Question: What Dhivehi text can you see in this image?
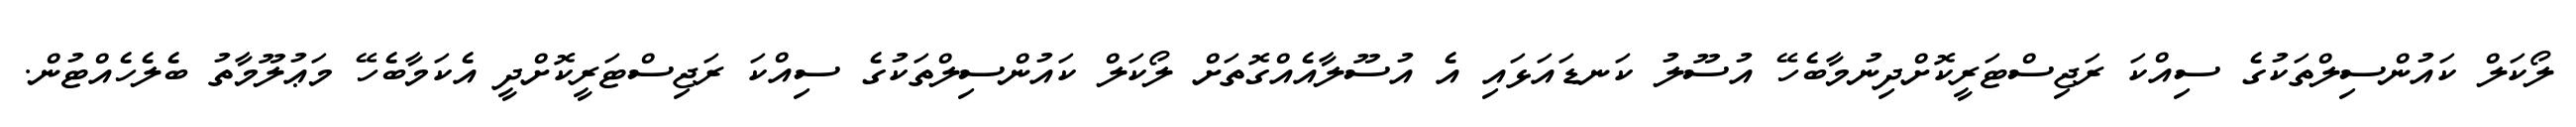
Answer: ލޯކަލް ކައުންސިލްތަކުގެ ސިއްކަ ރަޖިސްޓަރީކޮށްދިނުމާބެހޭ އުސޫލު ކަނޑައަޅައި އެ އުސޫލާއެއްގޮތަށް ލޯކަލް ކައުންސިލްތަކުގެ ސިއްކަ ރަޖިސްޓަރީކޮށްދީ އެކަމާބެހޭ މަޢުލޫމާތު ބެލެހެއްޓުން.